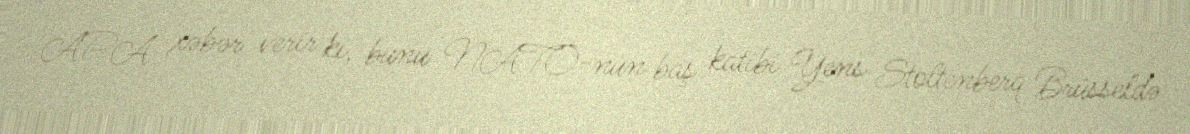
APA xəbər verir ki, bunu NATO-nun baş katibi Yens Stoltenberq Brüsseldə